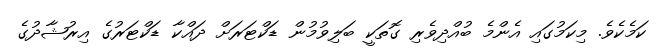
ކަމެކެވެ. މިކަމުގައި އެންމެ ބުއްދިވެރި ގޮތަކީ ބަލިވުމުން ޑަކްޓަރަށް ދައްކާ ޑަކްޓަރުގެ އިރުޝާދުގެ